Indian journal of veterinary science and animal husbandry - Volumes 18-21, 1948-1951
Year: 1948
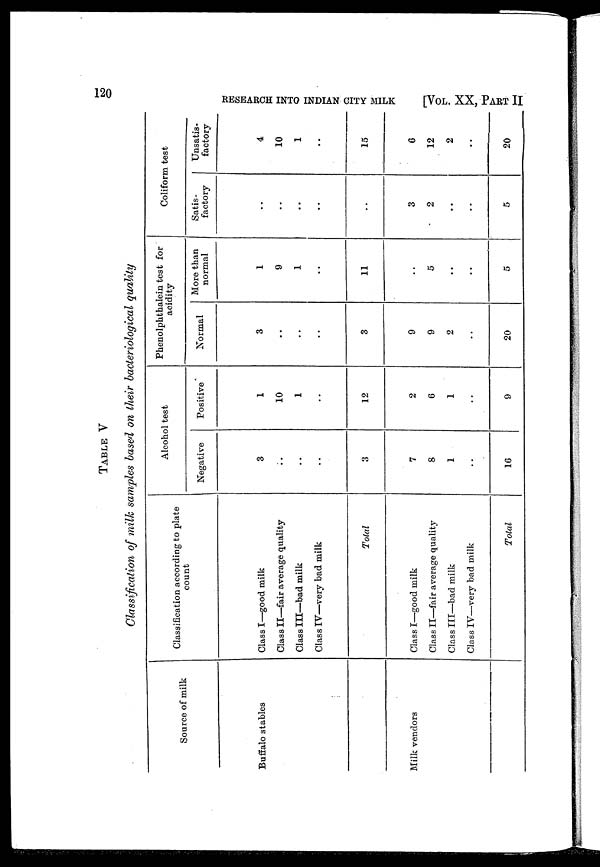
120
RESEARCH INTO INDIAN CITY MILK
[VOL. XX, PART II
TABLE V
Classification of milk samples based on their bacteriological quality
Source of milk
Buffalo stables
Milk vendors
Classification according to plate
count
Class I—goad milk
Class II—fair average quality
Class III—bad milk
Class IV—very bad milk
Total
Class I—good milk
Class II—fair average quality
Class III—bad milk
Class IV—very bad milk
Total
Alcohol test
Negative
3
..
..
..
3
7
8
1
..
16
Positive
1
10
1
..
12
2
6
1
..
9
Phenolphthalein test for
acidity
Normal
3
..
..
..
3
9
9
2
..
20
More than
normal
1
9
1
..
11
..
5
..
..
5
Coliform test
Satis-
factory
..
..
..
..
..
3
2
..
..
5
Unsatis-
factory
4
10
1
..
15
6
12
2
..
20